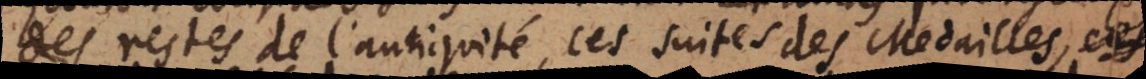
des restes de l’antiquité, ces suites des Medailles,